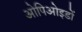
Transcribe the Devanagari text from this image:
ओपिओइडों